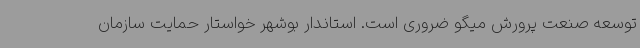
توسعه صنعت پرورش میگو ضروری است. استاندار بوشهر خواستار حمایت سازمان